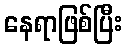
နေရာဖြစ်ပြီး